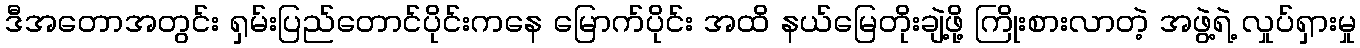
ဒီအတောအတွင်း ရှမ်းပြည်တောင်ပိုင်းကနေ မြောက်ပိုင်း အထိ နယ်မြေတိုးချဲ့ဖို့ ကြိုးစားလာတဲ့ အဖွဲ့ရဲ့ လှုပ်ရှားမှု